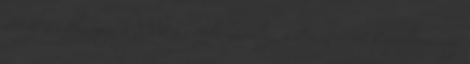
8408-as Ihászig, a 8308-as Adásztevelig, a 8402-es út Pápakovácsiig